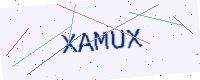
Text: XAMUX